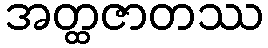
အတ္ထဇာတဿ